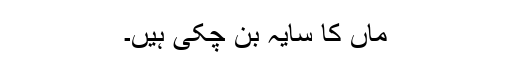
ماں کا سایہ بن چکی ہیں۔